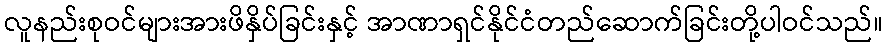
လူနည်းစုဝင်များအားဖိနှိပ်ခြင်းနှင့် အာဏာရှင်နိုင်ငံတည်ဆောက်ခြင်းတို့ပါဝင်သည်။